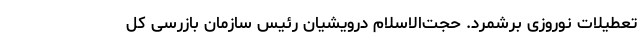
تعطیلات نوروزی برشمرد. حجت‌الاسلام درویشیان رئیس سازمان بازرسی کل